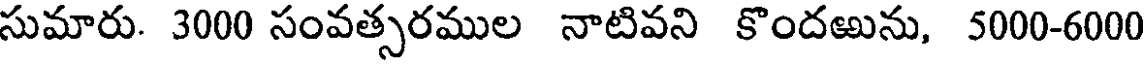
సుమారు. 3000 సంవత్సరముల నాటివని కొందఱును, 5000-6000